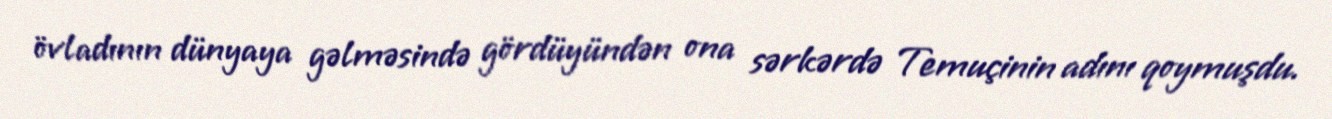
övladının dünyaya gəlməsində gördüyündən ona sərkərdə Temuçinin adını qoymuşdu.